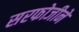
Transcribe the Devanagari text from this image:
सरफोजीने